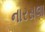
નારસલા